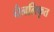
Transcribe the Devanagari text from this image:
चैनलिकृत